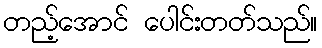
တည့်အောင် ပေါင်းတတ်သည်။